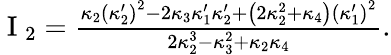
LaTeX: \begin{array}{r}{\mathrm{~I~}_{2}=\frac{\kappa_{2}\left(\kappa_{2}^{\prime}\right)^{2}-2\kappa_{3}\kappa_{1}^{\prime}\kappa_{2}^{\prime}+\left(2\kappa_{2}^{2}+\kappa_{4}\right)\left(\kappa_{1}^{\prime}\right)^{2}}{2\kappa_{2}^{3}-\kappa_{3}^{2}+\kappa_{2}\kappa_{4}}.}\end{array}